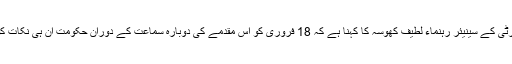
سابق اٹارنی جنرل اور حکمر ان پیپلز پارٹی کے سینیئر رہنماء لطیف کھوسہ کا کہنا ہے کہ 18 فروری کو اس مقدمے کی دوبارہ سماعت کے دوران حکومت ان ہی نکات کو سامنے رکھ اپنا مئوقف بیان کرے گی۔